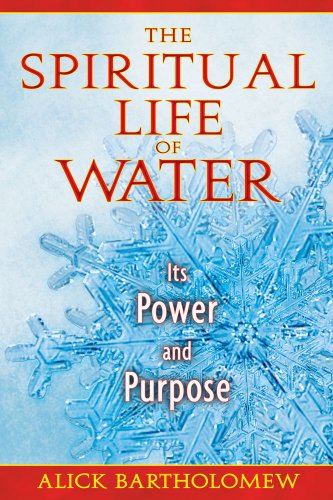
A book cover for The Spiritual Life of Water: Its Power and Purpose; Alick Bartholomew; Science & Math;